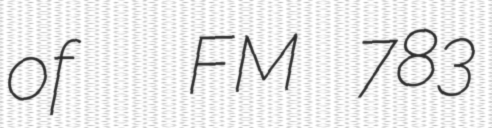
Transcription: of  FM 783